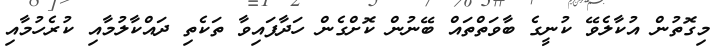
މިގޮތުން އުކާލެވޭ ކުނީގެ ބާވަތްތައް ބޭނުން ކޮށްގެން ހަދާފައިވާ ތަކެތި ދައްކާލުމާއި ކުރެހުމާއި